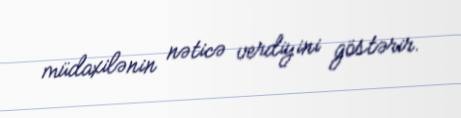
müdaxilənin nəticə verdiyini göstərir.